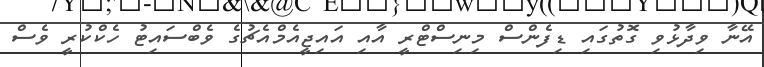
އޭނާ ވިދާޅުވި ގޮތުގައި ޑިފެންސް މިނިސްޓްރީ އާއި އައިޖީއެމްއެޗުގެ ވެބްސައިޓު ހެކްކުރީ ވެސް